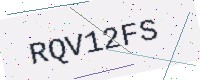
Text: RQV12FS